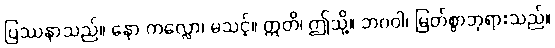
ပြဿနာသည်။ နော ကလ္လော၊ မသင့်။ ဣတိ၊ ဤသို့။ ဘဂဝါ၊ မြတ်စွာဘုရားသည်။